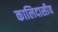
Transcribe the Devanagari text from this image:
कालिदासीय